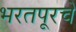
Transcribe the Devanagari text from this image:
भरतपूरचे